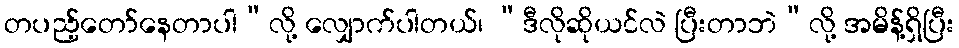
တပည့်တော်နေတာပါ”လို့ လျှောက်ပါတယ်၊ “ဒီလိုဆိုယင်လဲ ပြီးတာဘဲ”လို့ အမိန့်ရှိပြီး